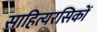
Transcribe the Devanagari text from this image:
साहित्यरसिकों